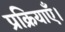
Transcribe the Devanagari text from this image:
प्रक्रियाएँ।